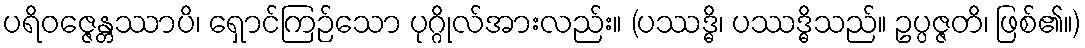
ပရိဝဇ္ဇေန္တဿာပိ၊ ရှောင်ကြဉ်သော ပုဂ္ဂိုလ်အားလည်း။ (ပဿဒ္ဓိ၊ ပဿဒ္ဓိသည်။ ဥပ္ပဇ္ဇတိ၊ ဖြစ်၏။)